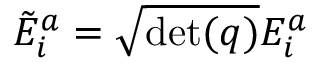
{ \tilde { E } } _ { i } ^ { a } = { \sqrt { \operatorname* { d e t } ( q ) } } E _ { i } ^ { a }